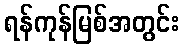
ရန်ကုန်မြစ်အတွင်း